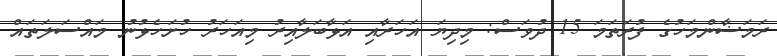
ރަމަޟާންމަހުގެ ފުރަތަމަ 15 ދުވަސް: މިދިޔަ އަހަރާއި އަޅާބަލާއިރު މިއަހަރު ހުށަހެޅުނު މައްސަލަތައް